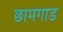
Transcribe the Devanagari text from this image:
छामगाड